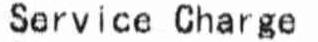
SERVICE CHARGE